Riigikantselei, lk 29
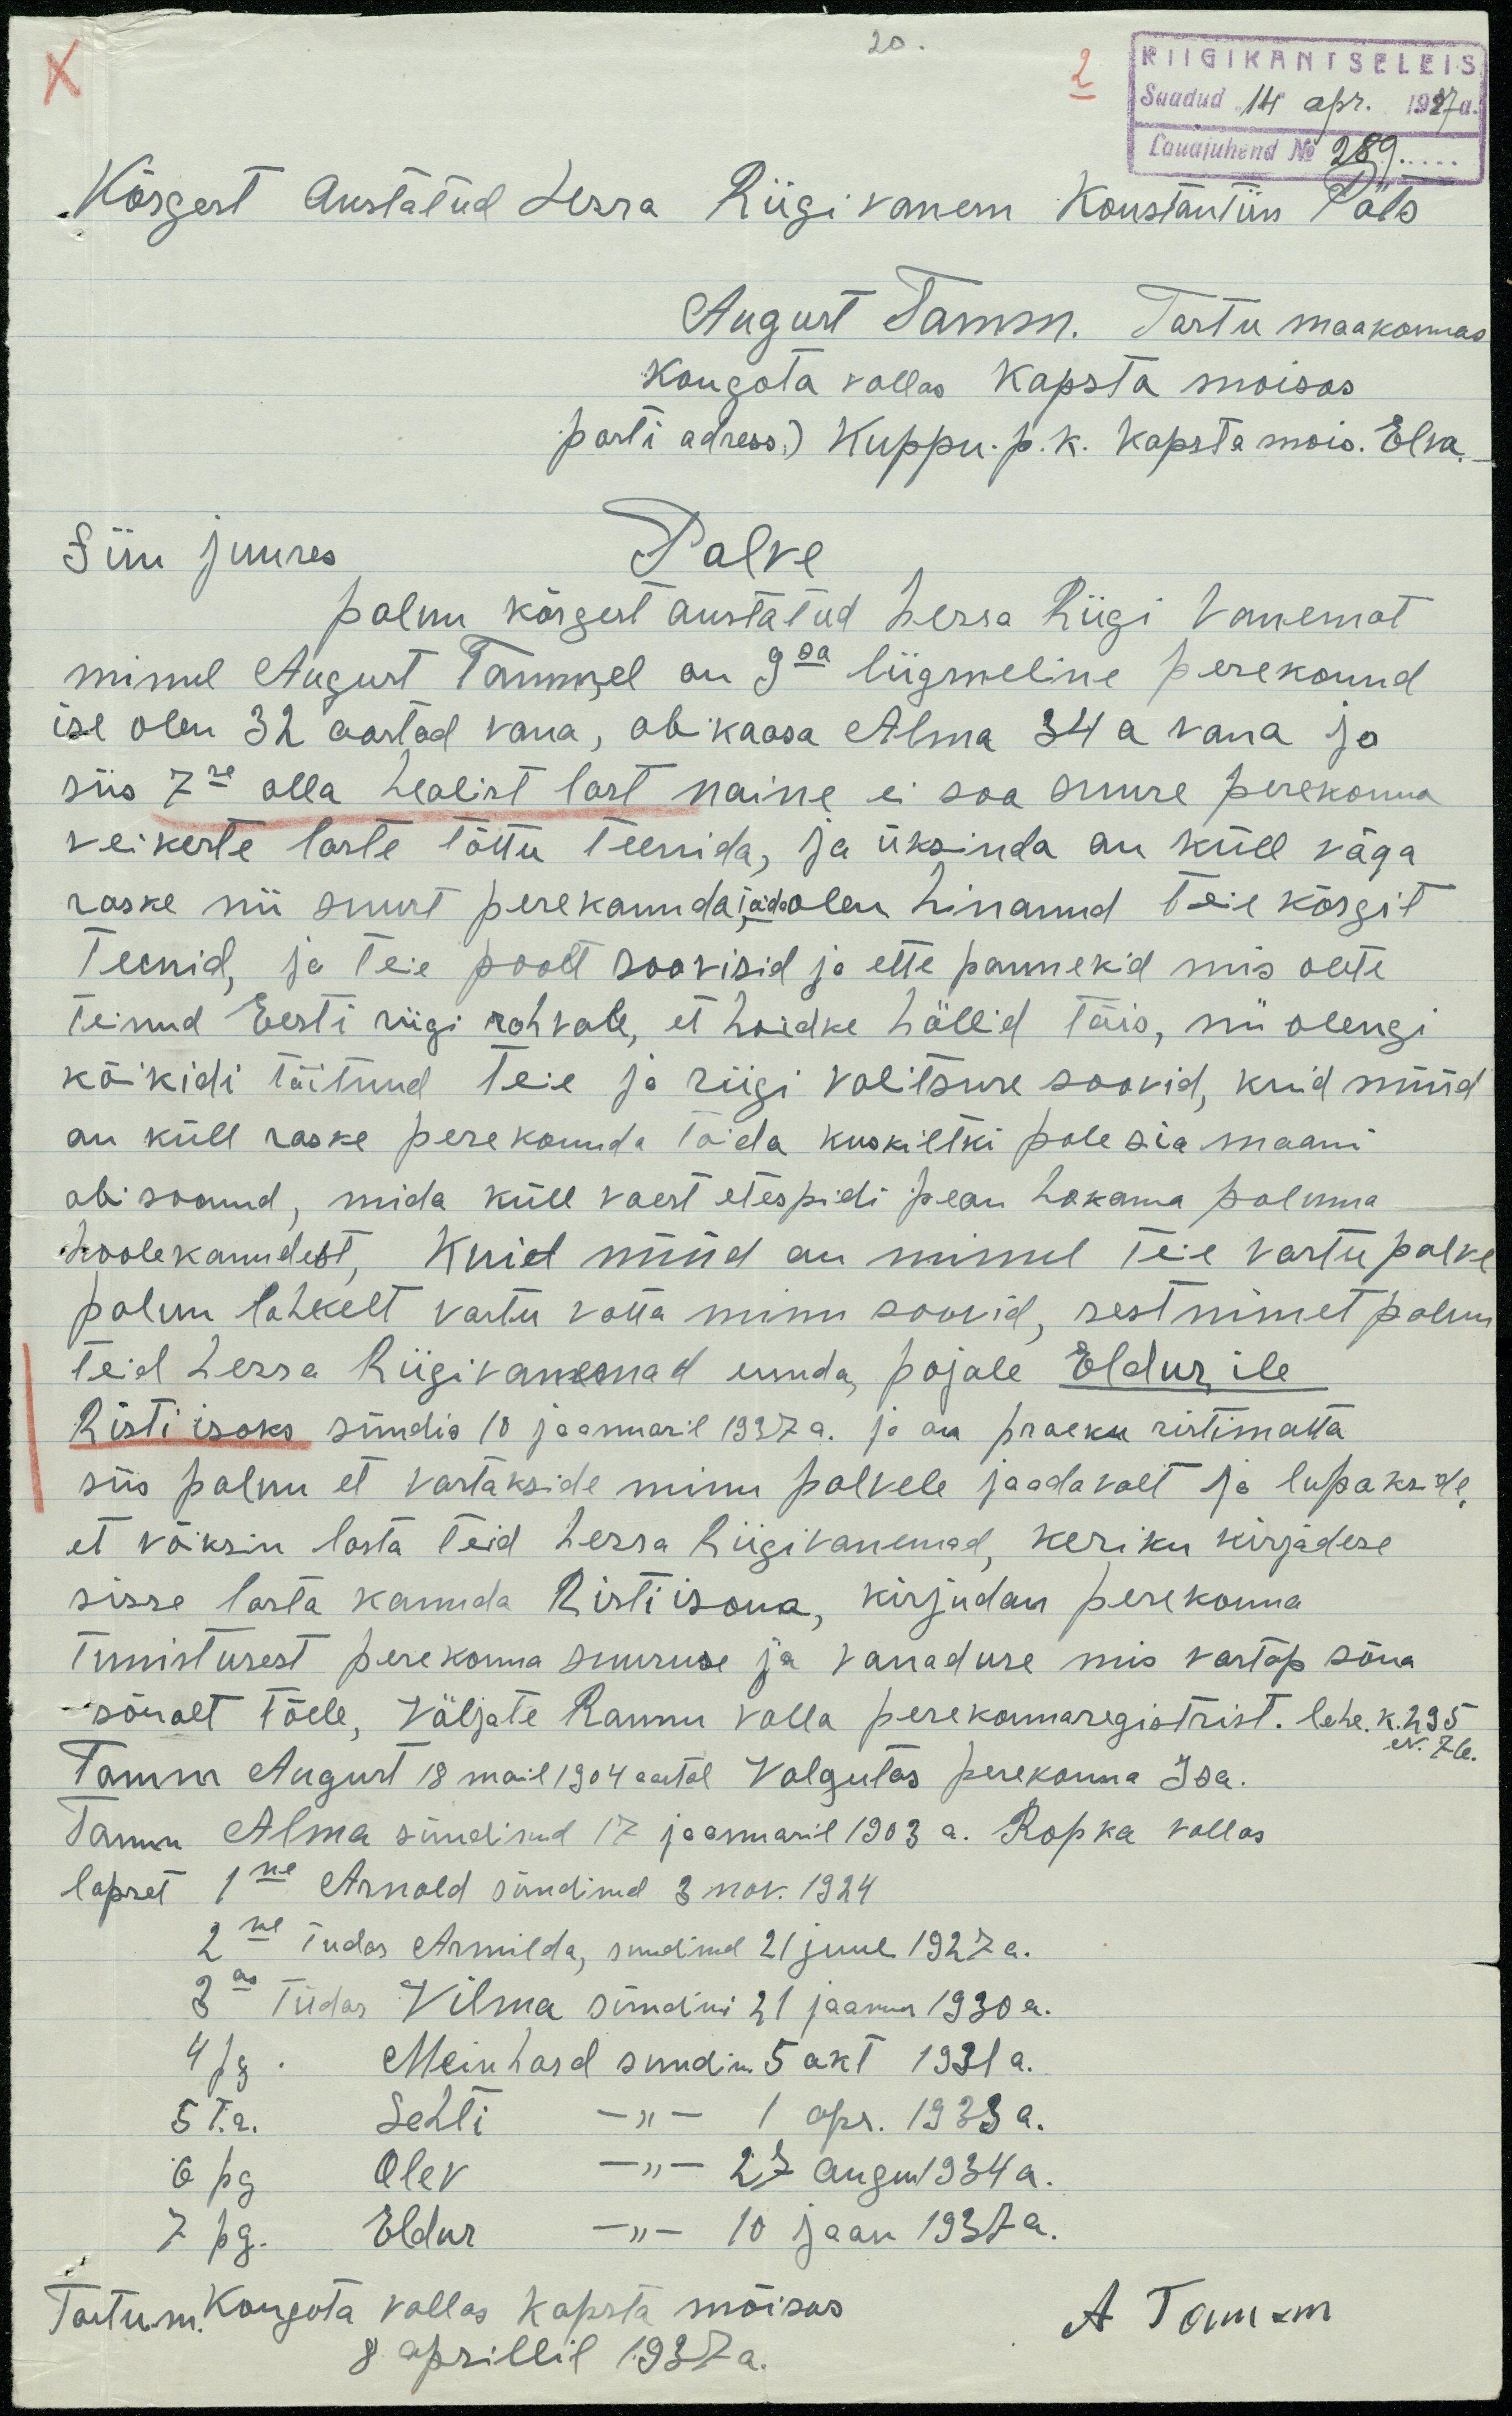
RIIGIKANTSELEIS
Saadud 14 apr. 1937 a.
Lauajuhend No 239
Kõrgest austatud Hrra Riigi vanem Konstantiniin Päts
August Tamm. Tartu maakonnas
Kongota vallas Kapsta moisas
parti adress.) Kuppu. p. k. Kapsta mõis. Elva
Siin juures
Palve
palun kõrgest austatud Herra Riigi Vanemat
minul August Tammel on 9sa liigmeline perekonnd
ise olen 32 aastad vana, abikaasa Alma 34 a vana ja
siis 7se alla healist last naine ei saa suure perekonna
veikeste laste tõttu teenida, ja üksinda on küll väga
raske nii suurt pere kannda jäda olen hinanud teie kõrgit
Teenid ja teie poolt soovisid ja ettepanekid mis olete
teinud Eesti riigi rahvale, et hoidke hällid täis, nii olengi
kõikidi täitnud teie ja riigi valitsuse soovid, kuid nüüd
on küll raske perekonnda toida kuskiltki pole sia maani
abi saanud, mida küll vaest etespidi pean hakama paluma
hoolekandest. Kuid nüüd on minul Teie vastu palve
palun lahkelt vastu võtta minu soovid, sest nimet palun
Teid Herra Riigivanemad ennda pojale Eldur'ile
Risti isaks sündis 10 jaanuaril 1937 a. ja on praeku ristimatta
siis palun et vastakside minu palvele jaadavalt ja lupakside
et võiksin lasta Teid herra liigivanemad, keriku kirjadese
sisse lasta kannda Ristiisana, kirjutan perekonna-
tunnistusest perekonna suuruse ja vanaduse mis vastap sõna
sõnalt tõele, Väljate Rannu valla perekonnaregistrist. lehe. k 235 N. 7-le.
Tamm August 18 mail 1904 aastal Valgutas perekonna Isa.
Tamm Alma sündinud 17. jaanuaril 1903 a. Ropka vallas
lapset 1ne Arnold sündinud 3 nov. 1924
2ne Tüdar Armilda, sündinud 21 juul 1927 a.
3ne - Tüdar Vilma sündini 21 jaanuar 1930 a.
4 pg. Meinhard sündin 5 okt 1931 a.
5 T.r Lehti -"- 1 apr. 1933 a.
6 pg. Olev - " - 27 augus 1934 a.
7 pg. Eldur -"- 10 jaan 1937 a.
Tartum. Kongota vallas Kapsta mõisas A Tamm
8 aprillil 1937 a.